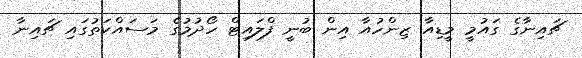
ޗައިނާގެ ގައުމީ މީޑިއާ ޒިންހުއާ އިން ބުނީ ފްލައިޓް ހޯދުމުގެ މަސައްކަތުގައި ޗައިނާ